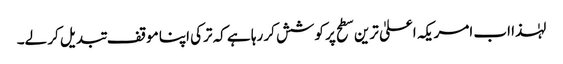
لہٰذا اب امریکہ اعلیٰ ترین سطح پر کوشش کر رہا ہے کہ ترکی اپنا موقف تبدیل کر لے۔